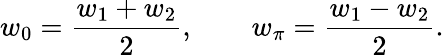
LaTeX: w_{0}=\frac{w_{1}+w_{2}}{2},\qquad w_{\pi}=\frac{w_{1}-w_{2}}{2}.